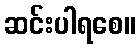
ဆင်းပါရစေ။